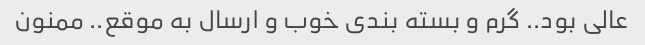
عالی بود.. گرم و بسته بندی خوب و ارسال به موقع.. ممنون